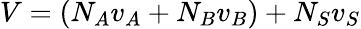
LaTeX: V=(N_{A}v_{A}+N_{B}v_{B})+N_{S}v_{S}